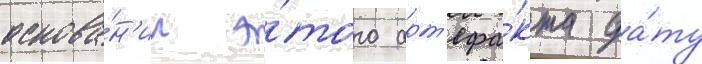
основа́н'ии э́того арт'ефа́кта да́ту